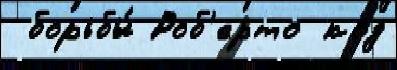
 борьбы́ Роб'ерто код